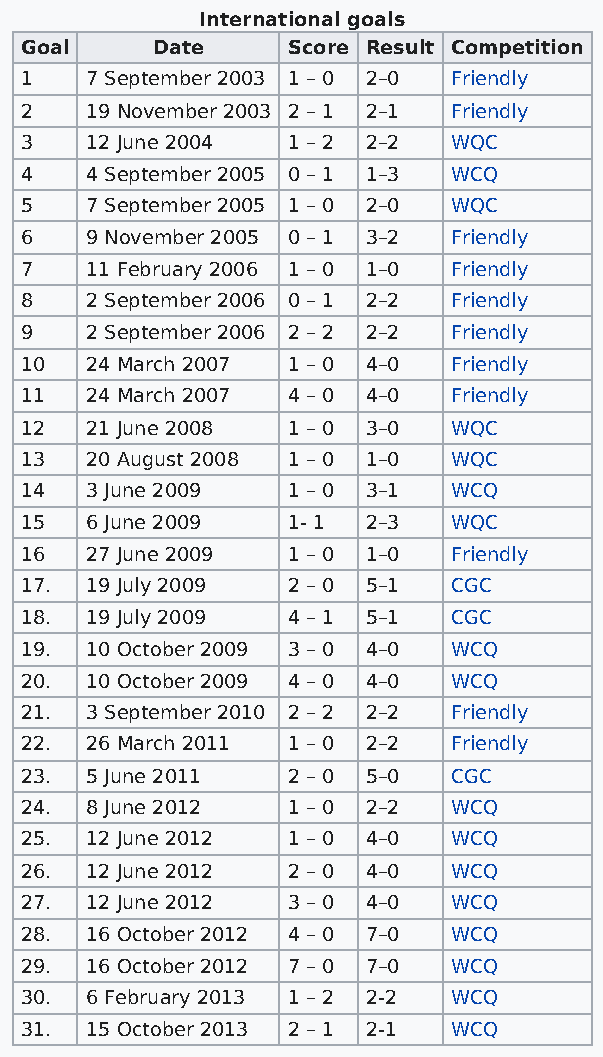
International goals
 Goal     Date     Score Result Competition
 1    7 September 2003 1 – 0 2–0 Friendly
 2    19 November 2003 2 – 1 2–1 Friendly
 3    12 June 2004 1 – 2 2–2  WQC
 4    4 September 2005 0 – 1 1–3 WCQ
 5    7 September 2005 1 – 0 2–0 WQC
 6    9 November 2005 0 – 1 3–2 Friendly
 7    11 February 2006 1 – 0 1–0 Friendly
 8    2 September 2006 0 – 1 2–2 Friendly
 9    2 September 2006 2 – 2 2–2 Friendly
 10   24 March 2007 1 – 0 4–0 Friendly
 11   24 March 2007 4 – 0 4–0 Friendly
 12   21 June 2008 1 – 0 3–0  WQC
 13   20 August 2008 1 – 0 1–0 WQC
 14   3 June 2009  1 – 0 3–1  WCQ
 15   6 June 2009  1- 1 2–3   WQC
 16   27 June 2009 1 – 0 1–0  Friendly
 17.  19 July 2009 2 – 0 5–1  CGC
 18.  19 July 2009 4 – 1 5–1  CGC
 19.  10 October 2009 3 – 0 4–0 WCQ
 20.  10 October 2009 4 – 0 4–0 WCQ
 21.  3 September 2010 2 – 2 2–2 Friendly
 22.  26 March 2011 1 – 0 2–2 Friendly
 23.  5 June 2011  2 – 0 5–0  CGC
 24.  8 June 2012  1 – 0 2–2  WCQ
 25.  12 June 2012 1 – 0 4–0  WCQ
 26.  12 June 2012 2 – 0 4–0  WCQ
 27.  12 June 2012 3 – 0 4–0  WCQ
 28.  16 October 2012 4 – 0 7–0 WCQ
 29.  16 October 2012 7 – 0 7–0 WCQ
 30.  6 February 2013 1 – 2 2-2 WCQ
 31.  15 October 2013 2 – 1 2-1 WCQ